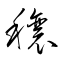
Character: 穣